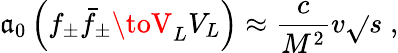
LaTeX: \mathfrak{a}_{0}\left(f_{\pm}\bar{{f}}_{\pm}\toV_{L}V_{L}\right)\approx\frac{{c}}{{M^{2}}}v\sqrt{}{s}\; ,